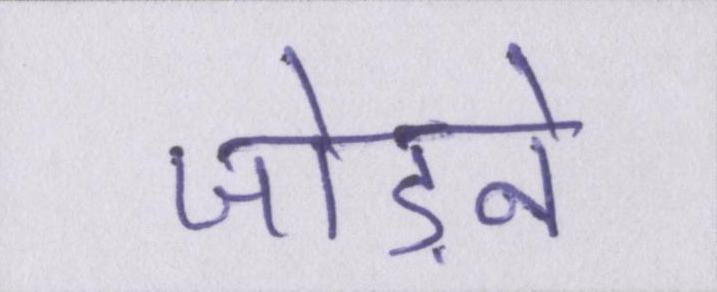
जोड़ने